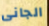
الجانى